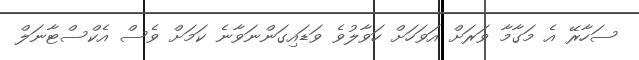
ސަހާރޭ އެ މަގާމާ ވަރަށް އަވަހަށް ހަވާލުވެ ވަޑައިގަންނަވާނެ ކަމަށް ވެސް އެކްސްޓާނަލް